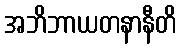
အဘိဘာယတနာနီတိ